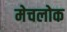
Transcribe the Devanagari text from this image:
मेचलोक